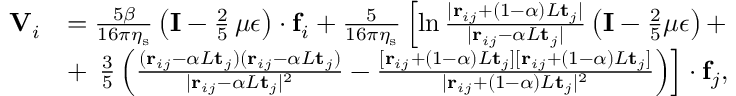
\begin{array} { r l } { \mathbf { V } _ { i } } & { = \frac { 5 \beta } { 1 6 \pi \eta _ { \mathrm { s } } } \left( \mathbf { I } - \frac { 2 } { 5 } \, \mu \boldsymbol { \epsilon } \right) \cdot \mathbf { f } _ { i } + \frac { 5 } { 1 6 \pi \eta _ { \mathrm { s } } } \left[ \ln \frac { | \mathbf { r } _ { i j } + ( 1 - \alpha ) L \mathbf { t } _ { j } | } { | \mathbf { r } _ { i j } - \alpha L \mathbf { t } _ { j } | } \left( \mathbf { I } - \frac { 2 } { 5 } \mu \boldsymbol { \epsilon } \right) + \right. } \\ & { + \left. \, \frac { 3 } { 5 } \left( \frac { ( \mathbf { r } _ { i j } - \alpha L \mathbf { t } _ { j } ) ( \mathbf { r } _ { i j } - \alpha L \mathbf { t } _ { j } ) } { | \mathbf { r } _ { i j } - \alpha L \mathbf { t } _ { j } | ^ { 2 } } - \frac { [ \mathbf { r } _ { i j } + ( 1 - \alpha ) L \mathbf { t } _ { j } ] [ \mathbf { r } _ { i j } + ( 1 - \alpha ) L \mathbf { t } _ { j } ] } { | \mathbf { r } _ { i j } + ( 1 - \alpha ) L \mathbf { t } _ { j } | ^ { 2 } } \right) \right] \cdot \mathbf { f } _ { j } , } \end{array}